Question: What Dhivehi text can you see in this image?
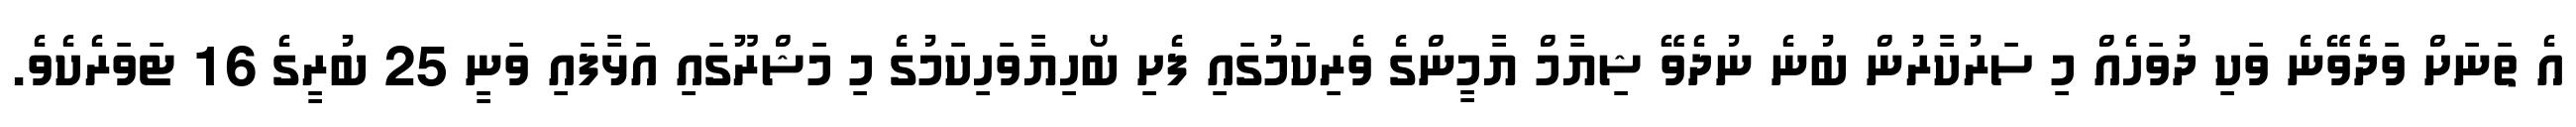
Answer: އެ ތަނަށް ވަދެވޭނެ ވަކި ދުވަހެއް މި ސަރުކާރުން ބުނެ ނުދެވޭ ޝިޔާމް ޔާމީންގެ ވެރިކަމުގައި ފެށި ބޯހިޔާވަހިކަމުގެ މި މަޝްރޫގައި އަޅާފައި ވަނީ 25 ބުރީގެ 16 ޓަވަރެކެވެ.